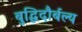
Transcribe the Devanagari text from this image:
बुद्धिदौर्बल्य